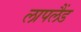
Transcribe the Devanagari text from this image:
लापलैंड